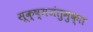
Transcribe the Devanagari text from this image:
सूक्ष्मजंतुमुक्त